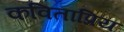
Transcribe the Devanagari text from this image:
कविताप्रिय